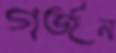
গর্জন